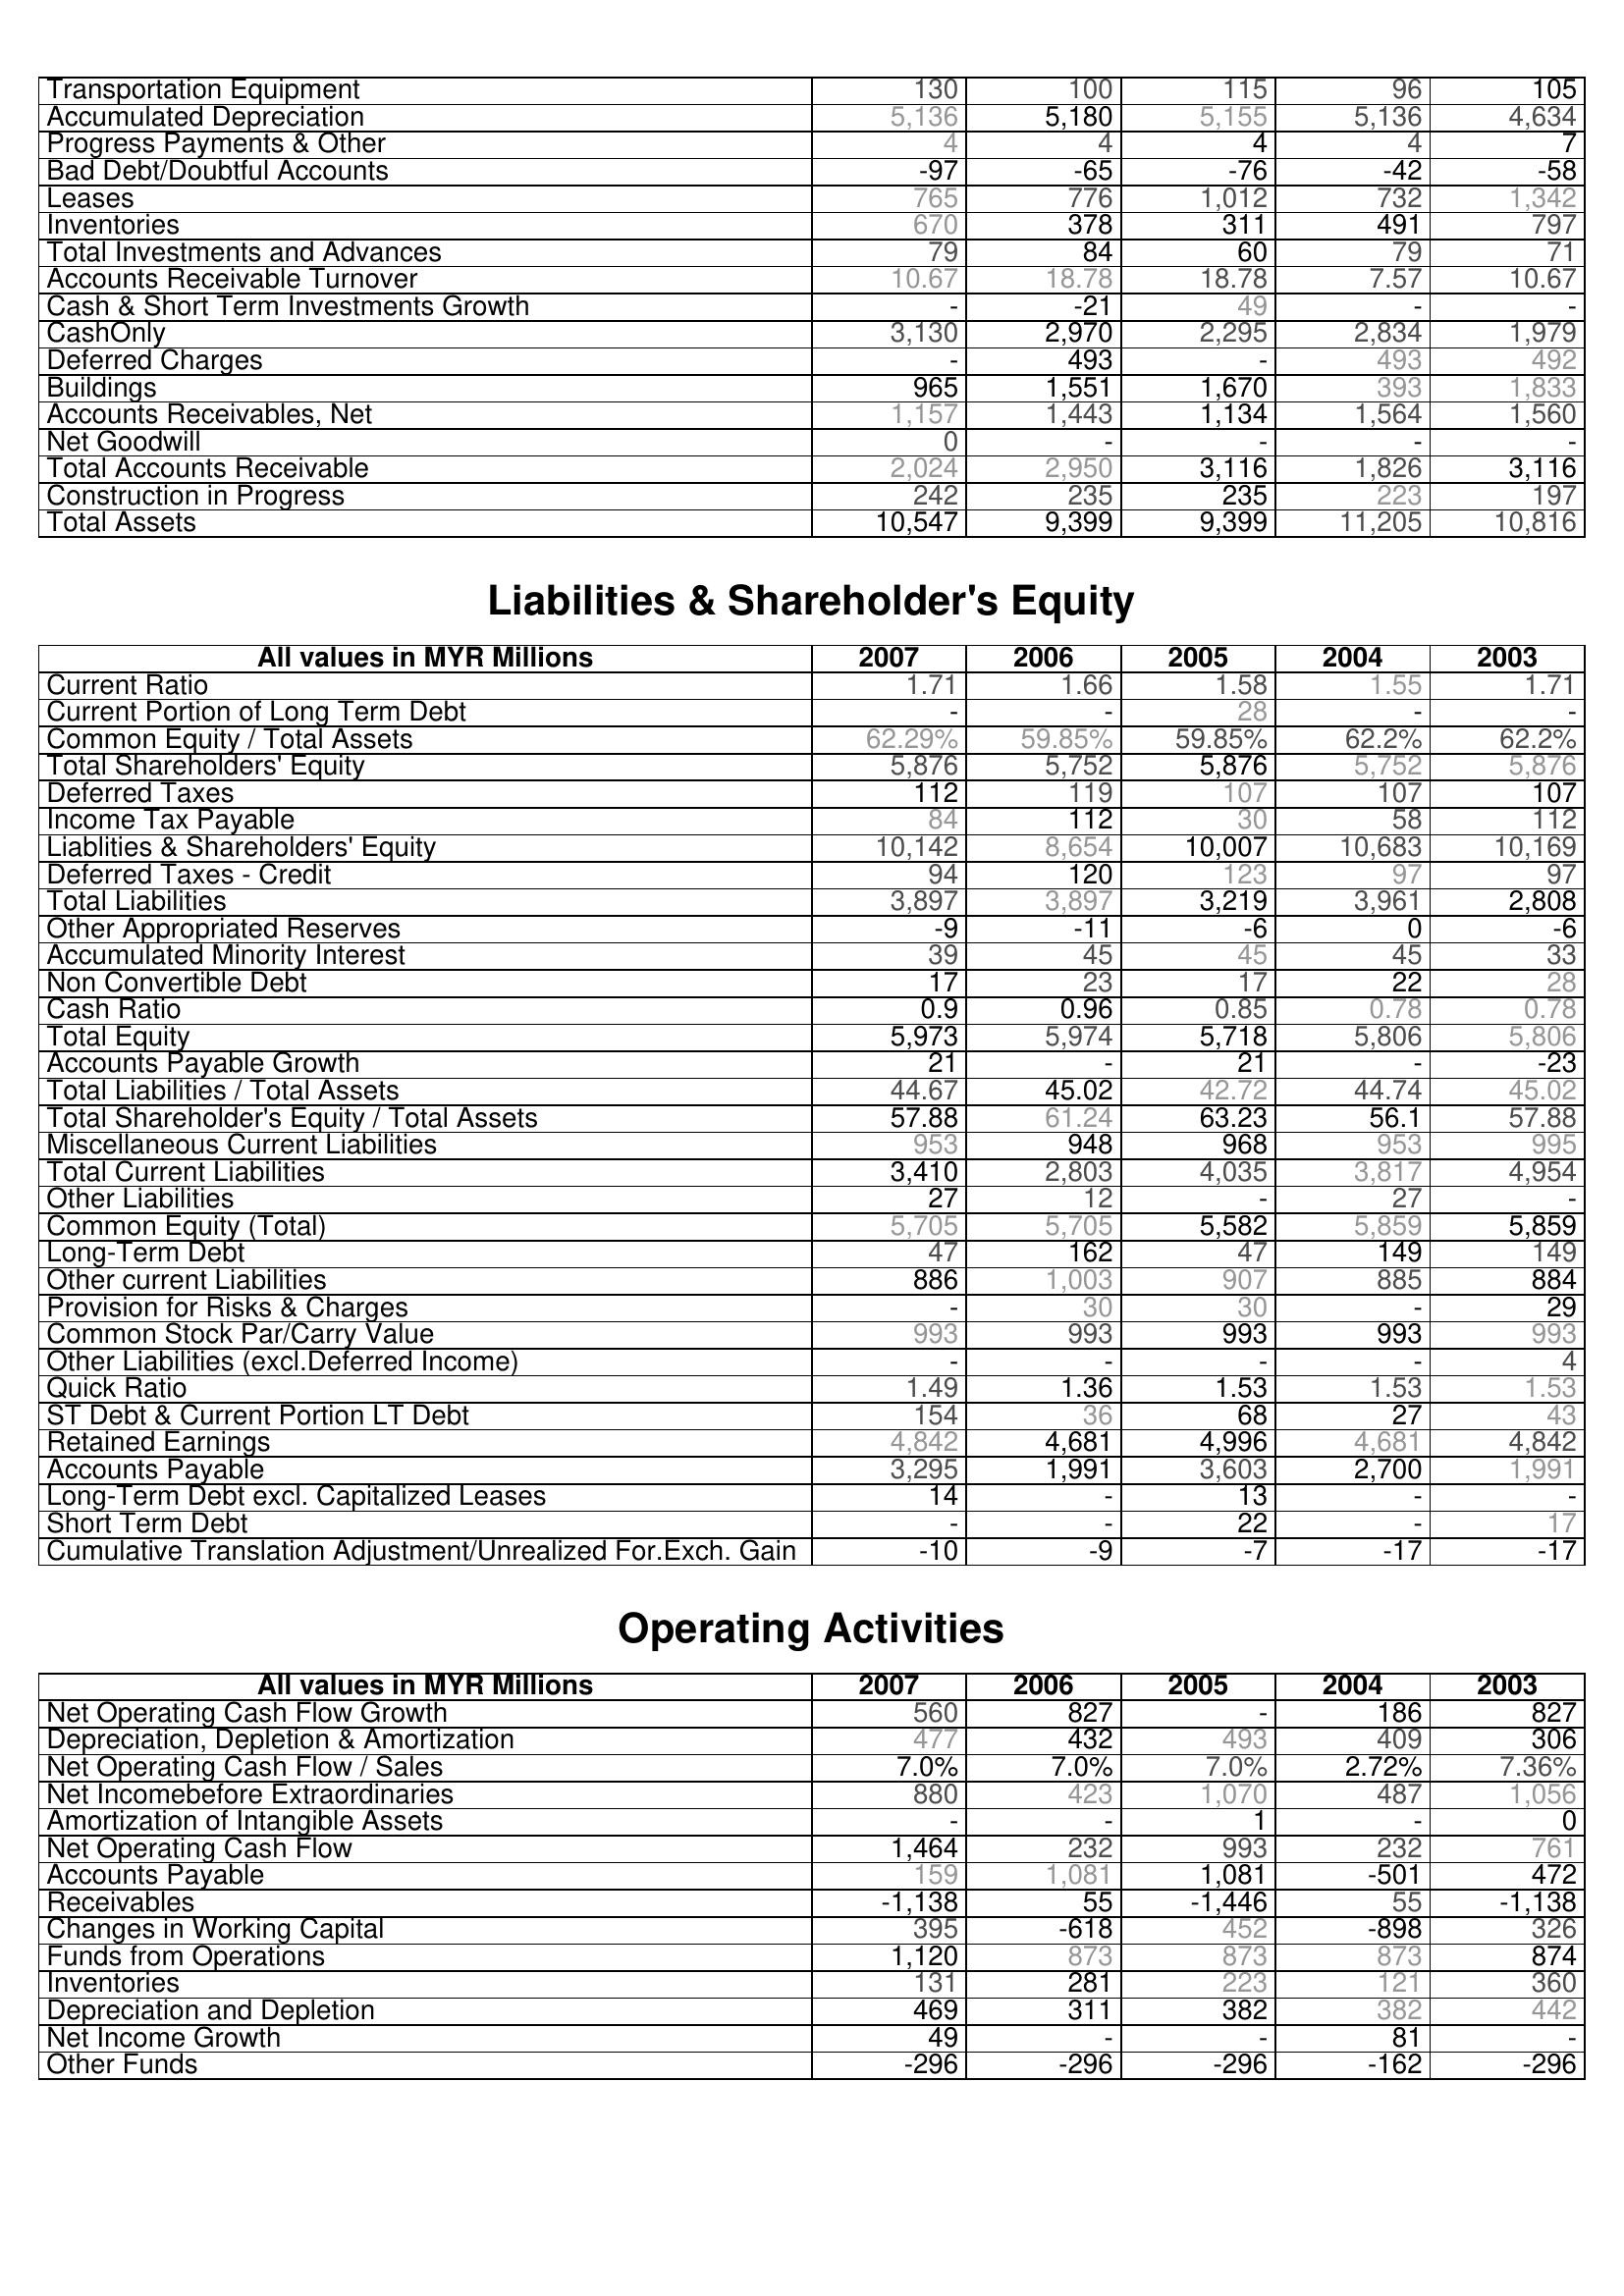
2007: Assets: Transportation Equipment: 130
Accumulated Depreciation: 5,136
Progress Payments & Other: 4
Bad Debt/Doubtful Accounts: -97
Leases: 765
Inventories: 670
Total Investments and Advances: 79
Accounts Receivable Turnover: 10.67
Cash & Short Term Investments Growth: -
CashOnly: 3,130
Deferred Charges: -
Buildings: 965
Accounts Receivables, Net: 1,157
Net Goodwill: 0
Total Accounts Receivable: 2,024
Construction in Progress: 242
Total Assets: 10,547
Liabilities & Shareholder's Equity: Current Ratio: 1.71
Current Portion of Long Term Debt: -
Common Equity / Total Assets: 62.29%
Total Shareholders' Equity: 5,876
Deferred Taxes: 112
Income Tax Payable: 84
Liablities & Shareholders' Equity: 10,142
Deferred Taxes - Credit: 94
Total Liabilities: 3,897
Other Appropriated Reserves: -9
Accumulated Minority Interest: 39
Non Convertible Debt: 17
Cash Ratio: 0.9
Total Equity: 5,973
Accounts Payable Growth: 21
Total Liabilities / Total Assets: 44.67
Total Shareholder's Equity / Total Assets: 57.88
Miscellaneous Current Liabilities: 953
Total Current Liabilities: 3,410
Other Liabilities: 27
Common Equity (Total): 5,705
Long-Term Debt: 47
Other current Liabilities: 886
Provision for Risks & Charges: -
Common Stock Par/Carry Value: 993
Other Liabilities (excl.Deferred Income): -
Quick Ratio: 1.49
ST Debt & Current Portion LT Debt: 154
Retained Earnings: 4,842
Accounts Payable: 3,295
Long-Term Debt excl. Capitalized Leases: 14
Short Term Debt: -
Cumulative Translation Adjustment/Unrealized For.Exch. Gain: -10
Operating Activities: Net Operating Cash Flow Growth: 560
Depreciation, Depletion & Amortization: 477
Net Operating Cash Flow / Sales: 7.0%
Net Incomebefore Extraordinaries: 880
Amortization of Intangible Assets: -
Net Operating Cash Flow: 1,464
Accounts Payable: 159
Receivables: -1,138
Changes in Working Capital: 395
Funds from Operations: 1,120
Inventories: 131
Depreciation and Depletion: 469
Net Income Growth: 49
Other Funds: -296
2006: Assets: Transportation Equipment: 100
Accumulated Depreciation: 5,180
Progress Payments & Other: 4
Bad Debt/Doubtful Accounts: -65
Leases: 776
Inventories: 378
Total Investments and Advances: 84
Accounts Receivable Turnover: 18.78
Cash & Short Term Investments Growth: -21
CashOnly: 2,970
Deferred Charges: 493
Buildings: 1,551
Accounts Receivables, Net: 1,443
Net Goodwill: -
Total Accounts Receivable: 2,950
Construction in Progress: 235
Total Assets: 9,399
Liabilities & Shareholder's Equity: Current Ratio: 1.66
Current Portion of Long Term Debt: -
Common Equity / Total Assets: 59.85%
Total Shareholders' Equity: 5,752
Deferred Taxes: 119
Income Tax Payable: 112
Liablities & Shareholders' Equity: 8,654
Deferred Taxes - Credit: 120
Total Liabilities: 3,897
Other Appropriated Reserves: -11
Accumulated Minority Interest: 45
Non Convertible Debt: 23
Cash Ratio: 0.96
Total Equity: 5,974
Accounts Payable Growth: -
Total Liabilities / Total Assets: 45.02
Total Shareholder's Equity / Total Assets: 61.24
Miscellaneous Current Liabilities: 948
Total Current Liabilities: 2,803
Other Liabilities: 12
Common Equity (Total): 5,705
Long-Term Debt: 162
Other current Liabilities: 1,003
Provision for Risks & Charges: 30
Common Stock Par/Carry Value: 993
Other Liabilities (excl.Deferred Income): -
Quick Ratio: 1.36
ST Debt & Current Portion LT Debt: 36
Retained Earnings: 4,681
Accounts Payable: 1,991
Long-Term Debt excl. Capitalized Leases: -
Short Term Debt: -
Cumulative Translation Adjustment/Unrealized For.Exch. Gain: -9
Operating Activities: Net Operating Cash Flow Growth: 827
Depreciation, Depletion & Amortization: 432
Net Operating Cash Flow / Sales: 7.0%
Net Incomebefore Extraordinaries: 423
Amortization of Intangible Assets: -
Net Operating Cash Flow: 232
Accounts Payable: 1,081
Receivables: 55
Changes in Working Capital: -618
Funds from Operations: 873
Inventories: 281
Depreciation and Depletion: 311
Net Income Growth: -
Other Funds: -296
2005: Assets: Transportation Equipment: 115
Accumulated Depreciation: 5,155
Progress Payments & Other: 4
Bad Debt/Doubtful Accounts: -76
Leases: 1,012
Inventories: 311
Total Investments and Advances: 60
Accounts Receivable Turnover: 18.78
Cash & Short Term Investments Growth: 49
CashOnly: 2,295
Deferred Charges: -
Buildings: 1,670
Accounts Receivables, Net: 1,134
Net Goodwill: -
Total Accounts Receivable: 3,116
Construction in Progress: 235
Total Assets: 9,399
Liabilities & Shareholder's Equity: Current Ratio: 1.58
Current Portion of Long Term Debt: 28
Common Equity / Total Assets: 59.85%
Total Shareholders' Equity: 5,876
Deferred Taxes: 107
Income Tax Payable: 30
Liablities & Shareholders' Equity: 10,007
Deferred Taxes - Credit: 123
Total Liabilities: 3,219
Other Appropriated Reserves: -6
Accumulated Minority Interest: 45
Non Convertible Debt: 17
Cash Ratio: 0.85
Total Equity: 5,718
Accounts Payable Growth: 21
Total Liabilities / Total Assets: 42.72
Total Shareholder's Equity / Total Assets: 63.23
Miscellaneous Current Liabilities: 968
Total Current Liabilities: 4,035
Other Liabilities: -
Common Equity (Total): 5,582
Long-Term Debt: 47
Other current Liabilities: 907
Provision for Risks & Charges: 30
Common Stock Par/Carry Value: 993
Other Liabilities (excl.Deferred Income): -
Quick Ratio: 1.53
ST Debt & Current Portion LT Debt: 68
Retained Earnings: 4,996
Accounts Payable: 3,603
Long-Term Debt excl. Capitalized Leases: 13
Short Term Debt: 22
Cumulative Translation Adjustment/Unrealized For.Exch. Gain: -7
Operating Activities: Net Operating Cash Flow Growth: -
Depreciation, Depletion & Amortization: 493
Net Operating Cash Flow / Sales: 7.0%
Net Incomebefore Extraordinaries: 1,070
Amortization of Intangible Assets: 1
Net Operating Cash Flow: 993
Accounts Payable: 1,081
Receivables: -1,446
Changes in Working Capital: 452
Funds from Operations: 873
Inventories: 223
Depreciation and Depletion: 382
Net Income Growth: -
Other Funds: -296
2004: Assets: Transportation Equipment: 96
Accumulated Depreciation: 5,136
Progress Payments & Other: 4
Bad Debt/Doubtful Accounts: -42
Leases: 732
Inventories: 491
Total Investments and Advances: 79
Accounts Receivable Turnover: 7.57
Cash & Short Term Investments Growth: -
CashOnly: 2,834
Deferred Charges: 493
Buildings: 393
Accounts Receivables, Net: 1,564
Net Goodwill: -
Total Accounts Receivable: 1,826
Construction in Progress: 223
Total Assets: 11,205
Liabilities & Shareholder's Equity: Current Ratio: 1.55
Current Portion of Long Term Debt: -
Common Equity / Total Assets: 62.2%
Total Shareholders' Equity: 5,752
Deferred Taxes: 107
Income Tax Payable: 58
Liablities & Shareholders' Equity: 10,683
Deferred Taxes - Credit: 97
Total Liabilities: 3,961
Other Appropriated Reserves: 0
Accumulated Minority Interest: 45
Non Convertible Debt: 22
Cash Ratio: 0.78
Total Equity: 5,806
Accounts Payable Growth: -
Total Liabilities / Total Assets: 44.74
Total Shareholder's Equity / Total Assets: 56.1
Miscellaneous Current Liabilities: 953
Total Current Liabilities: 3,817
Other Liabilities: 27
Common Equity (Total): 5,859
Long-Term Debt: 149
Other current Liabilities: 885
Provision for Risks & Charges: -
Common Stock Par/Carry Value: 993
Other Liabilities (excl.Deferred Income): -
Quick Ratio: 1.53
ST Debt & Current Portion LT Debt: 27
Retained Earnings: 4,681
Accounts Payable: 2,700
Long-Term Debt excl. Capitalized Leases: -
Short Term Debt: -
Cumulative Translation Adjustment/Unrealized For.Exch. Gain: -17
Operating Activities: Net Operating Cash Flow Growth: 186
Depreciation, Depletion & Amortization: 409
Net Operating Cash Flow / Sales: 2.72%
Net Incomebefore Extraordinaries: 487
Amortization of Intangible Assets: -
Net Operating Cash Flow: 232
Accounts Payable: -501
Receivables: 55
Changes in Working Capital: -898
Funds from Operations: 873
Inventories: 121
Depreciation and Depletion: 382
Net Income Growth: 81
Other Funds: -162
2003: Assets: Transportation Equipment: 105
Accumulated Depreciation: 4,634
Progress Payments & Other: 7
Bad Debt/Doubtful Accounts: -58
Leases: 1,342
Inventories: 797
Total Investments and Advances: 71
Accounts Receivable Turnover: 10.67
Cash & Short Term Investments Growth: -
CashOnly: 1,979
Deferred Charges: 492
Buildings: 1,833
Accounts Receivables, Net: 1,560
Net Goodwill: -
Total Accounts Receivable: 3,116
Construction in Progress: 197
Total Assets: 10,816
Liabilities & Shareholder's Equity: Current Ratio: 1.71
Current Portion of Long Term Debt: -
Common Equity / Total Assets: 62.2%
Total Shareholders' Equity: 5,876
Deferred Taxes: 107
Income Tax Payable: 112
Liablities & Shareholders' Equity: 10,169
Deferred Taxes - Credit: 97
Total Liabilities: 2,808
Other Appropriated Reserves: -6
Accumulated Minority Interest: 33
Non Convertible Debt: 28
Cash Ratio: 0.78
Total Equity: 5,806
Accounts Payable Growth: -23
Total Liabilities / Total Assets: 45.02
Total Shareholder's Equity / Total Assets: 57.88
Miscellaneous Current Liabilities: 995
Total Current Liabilities: 4,954
Other Liabilities: -
Common Equity (Total): 5,859
Long-Term Debt: 149
Other current Liabilities: 884
Provision for Risks & Charges: 29
Common Stock Par/Carry Value: 993
Other Liabilities (excl.Deferred Income): 4
Quick Ratio: 1.53
ST Debt & Current Portion LT Debt: 43
Retained Earnings: 4,842
Accounts Payable: 1,991
Long-Term Debt excl. Capitalized Leases: -
Short Term Debt: 17
Cumulative Translation Adjustment/Unrealized For.Exch. Gain: -17
Operating Activities: Net Operating Cash Flow Growth: 827
Depreciation, Depletion & Amortization: 306
Net Operating Cash Flow / Sales: 7.36%
Net Incomebefore Extraordinaries: 1,056
Amortization of Intangible Assets: 0
Net Operating Cash Flow: 761
Accounts Payable: 472
Receivables: -1,138
Changes in Working Capital: 326
Funds from Operations: 874
Inventories: 360
Depreciation and Depletion: 442
Net Income Growth: -
Other Funds: -296